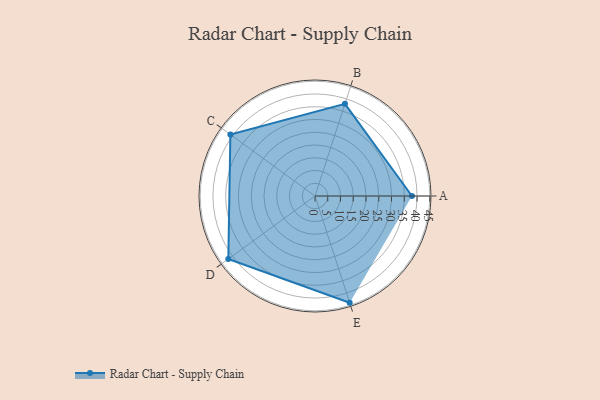
{"axis": {"x": "Skill", "y": "Score"}, "legend": ["Profile"], "data": [{"x": "A", "y": 38.0, "type": "Profile"}, {"x": "B", "y": 38.0, "type": "Profile"}, {"x": "C", "y": 41.0, "type": "Profile"}, {"x": "D", "y": 42.0, "type": "Profile"}, {"x": "E", "y": 44.0, "type": "Profile"}]}